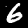
Digit: 6